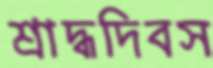
শ্রাদ্ধদিবস